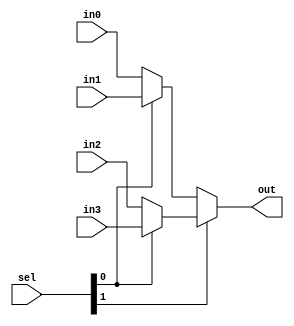
`timescale 1ns / 1ps
//////////////////////////////////////////////////////////////////////////////////
// Company: 
// Engineer: 
// 
// Design Name: 
// Module Name: MUX
// Project Name: 
// Target Devices: 
// Tool Versions: 
// Description: 
// 
// Dependencies: 
// 
// Revision:
// Revision 0.01 - File Created
// Additional Comments:
// 
//////////////////////////////////////////////////////////////////////////////////


module MUX(
	input [31:0]in0,
	input [31:0]in1,
	input [31:0]in2,
	input [31:0]in3,
	input [1:0]sel,
	output [31:0]out
    );
	
	/*
		2'b00 -> in0;
		2'b01 -> in1;
		2'b10 -> in2;
		2'b11 -> in3;
	*/
	assign out = (sel[1]==1'b1)?((sel[0]==1'b1)?in3:in2):((sel[0]==1'b1)?in1:in0);

endmodule